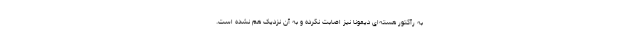
به رآکتور هسته‌ای دیمونا نیز اصابت نکرده و به آن نزدیک هم نشده است.